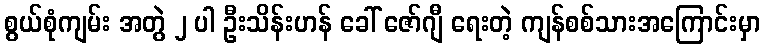
စွယ်စုံကျမ်း အတွဲ ၂ ပါ ဦးသိန်းဟန် ခေါ် ဇော်ဂျီ ရေးတဲ့ ကျန်စစ်သားအကြောင်းမှာ